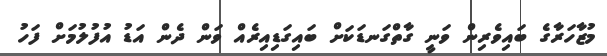
މުޒާހަރާގެ ބައިވެރިން ވަނީ ގާތްގަނޑަކަށް ބައިގަޑިއިރެއް ވަން ދެން އަޑު އުފުލުމަށް ފަހު